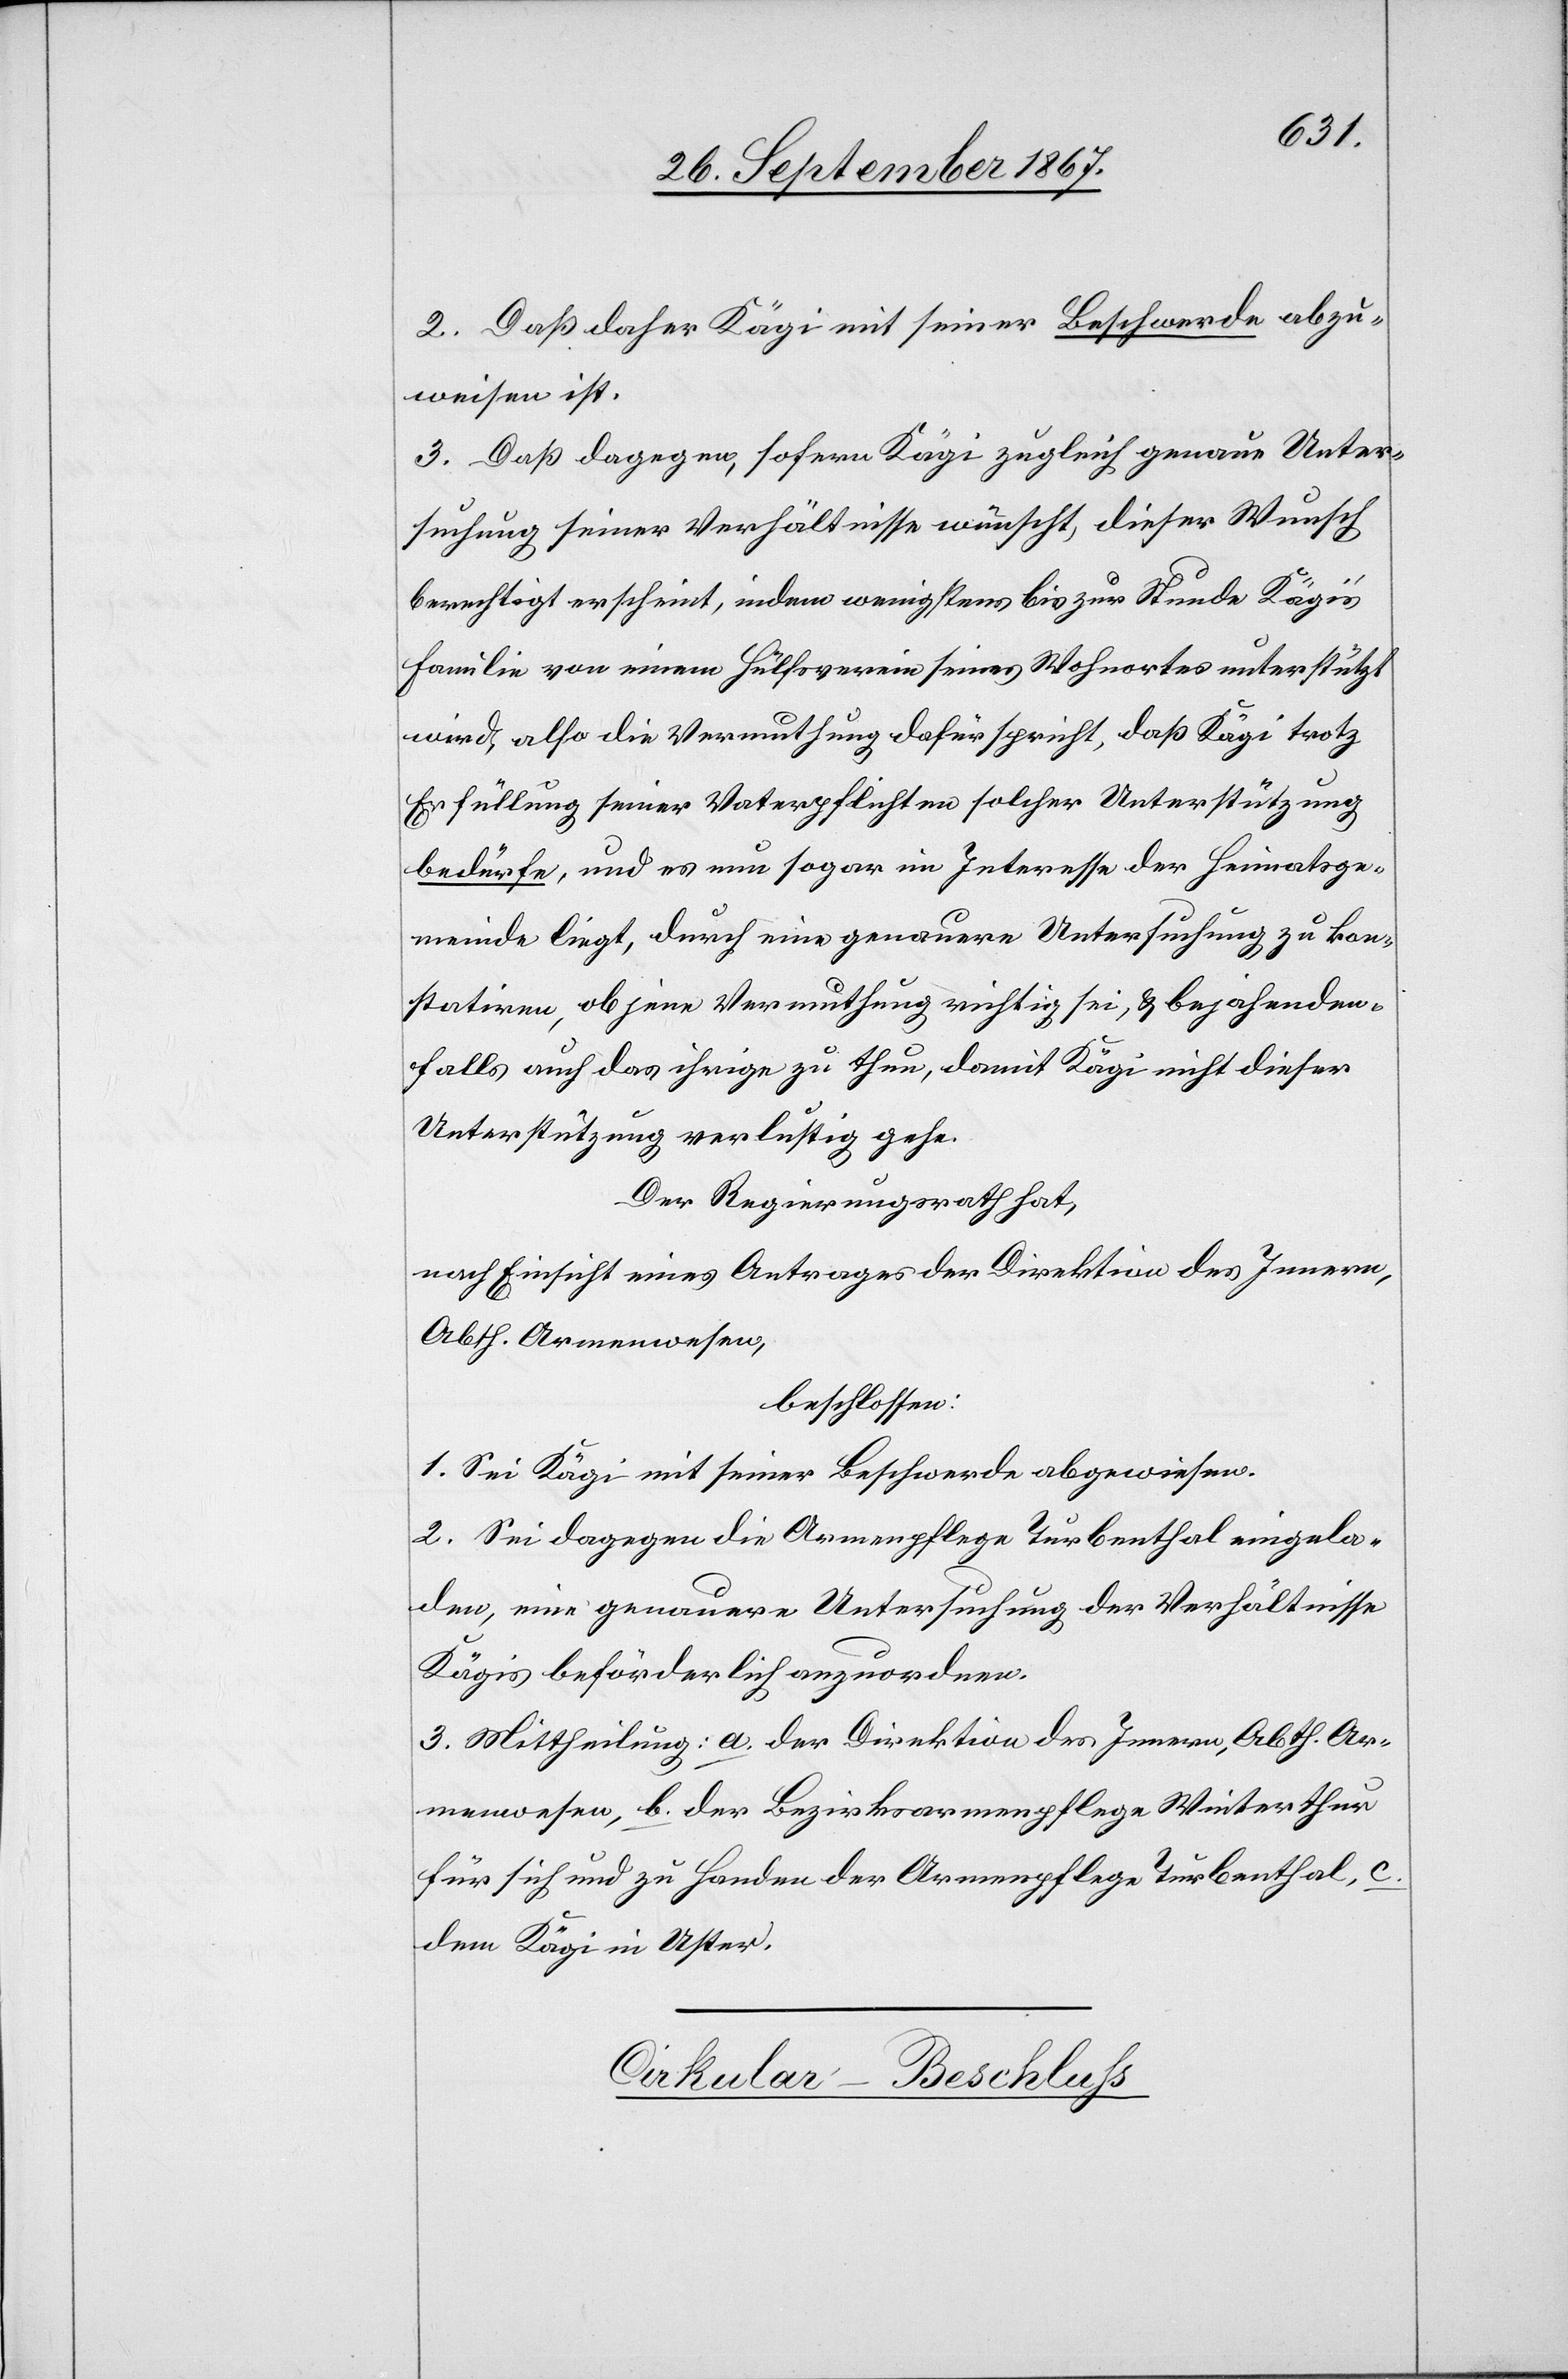
Abth.
2. Daß daher Kägi mit seiner Beschwerde abzu¬
weisen ist.
3. Daß dagegen, sofern Kägi zugleich genaue Unter¬
suchung seiner Verhältnisse wünscht, dieser Wunsch
berechtigt erscheint, indem wenigstens bis zur Stunde Kägi’s
Familie von einem Hülfsverein seines Wohnortes unterstützt
wird, also die Vermuthung dafür spricht, daß Kägi trotz
Erfüllung seiner Vaterpflichten solcher Unterstützung
bedürfe, und es nun sogar im Interesse der Heimatsge¬
meinde liegt, durch eine genauere Untersuchung zu kon¬
statiren, ob jene Vermuthung richtig sei, u. bejahenden
Falls auch das ihrige zu thun, damit Kägi nicht dieser
Unterstützung verlustig gehe.
Der Regierungsrath hat,
nach Einsicht eines Antrages der Direktion des Innern,
beschlossen:
1. Sei Kägi mit seiner Beschwerde abgewiesen.
2. Sei dagegen die Armenpflege Turbenthal eingela¬
den, eine genauere Untersuchung der Verhältnisse
Kägis beförderlich anzuordnen.
3. Mittheilung: a. der Direktion des Innern, Abth. Ar¬
menwesen, b. der Bezirksarmenpflege Winterthur
für sich und zu Handen der Armenpflege Turbenthal, c.
dem Kägi in Uster.
Cirkular-Beschluß